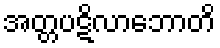
အတ္တပဋိလာဘောတိ